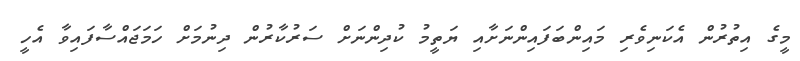
މީގެ އިތުރުން އެކަނިވެރި މައިންބަފައިންނަށާއި ޔަތީމު ކުދިންނަށް ސަރުކާރުން ދިނުމަށް ހަމަޖައްސާފައިވާ އެހީ